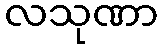
လသုဏာ